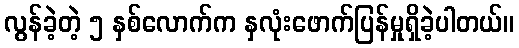
လွန်ခဲ့တဲ့ ၅ နှစ်လောက်က နှလုံးဖောက်ပြန်မှုရှိခဲ့ပါတယ်။